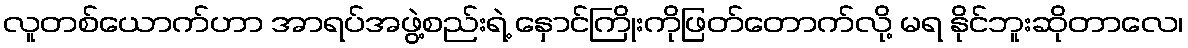
လူတစ်ယောက်ဟာ အာရပ်အဖွဲ့စည်းရဲ့ နှောင်ကြိုးကိုဖြတ်တောက်လို့ မရ နိုင်ဘူးဆိုတာလေ၊